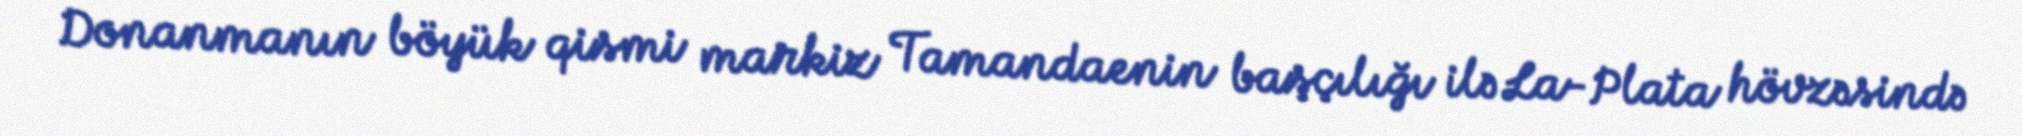
Donanmanın böyük qismi markiz Tamandaenin başçılığı ilə La-Plata hövzəsində